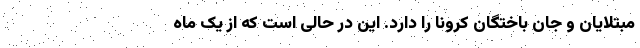
مبتلایان و جان باختگان کرونا را دارد. این در حالی است که از یک ماه